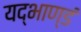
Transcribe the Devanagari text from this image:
यद्भाण्डं